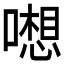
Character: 𱔵